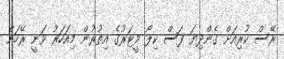
ރޭސް ކުރިއަށް ގެންދިޔަ ފަސް ކިލޯ މީޓަރުގެ އިތުރުން މިއަހަރު ވަނީ ރޭހަށް